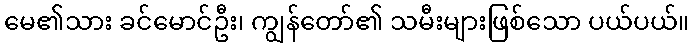
မေ၏သား ခင်မောင်ဦး၊ ကျွန်တော်၏ သမီးများဖြစ်သော ပယ်ပယ်။